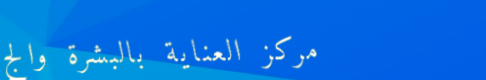
مركز العناية بالبشرة والج